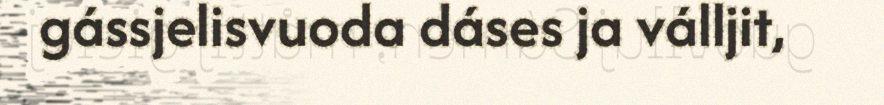
gássjelisvuoda dáses ja válljit,